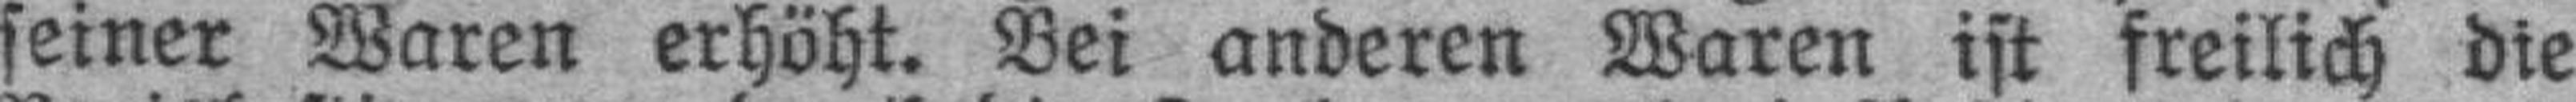
seiner Waren erhöht. Bei anderen Waren ist freilich die